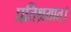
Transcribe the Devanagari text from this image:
प्रतिश्रयात्।